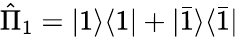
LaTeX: \hat{\Pi}_{1}=|1\rangle\langle 1|+|\bar{1}\rangle\langle\bar{1}|